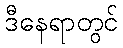
ဒီနေရာတွင်